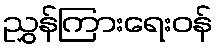
ညွှန်ကြားရေးဝန်